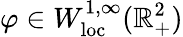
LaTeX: \varphi\in W_{\mathrm{loc}}^{1,\infty}(\mathbb{R}_{+}^{2})